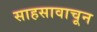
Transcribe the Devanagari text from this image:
साहसावाचून